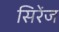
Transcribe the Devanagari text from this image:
सिरेंज